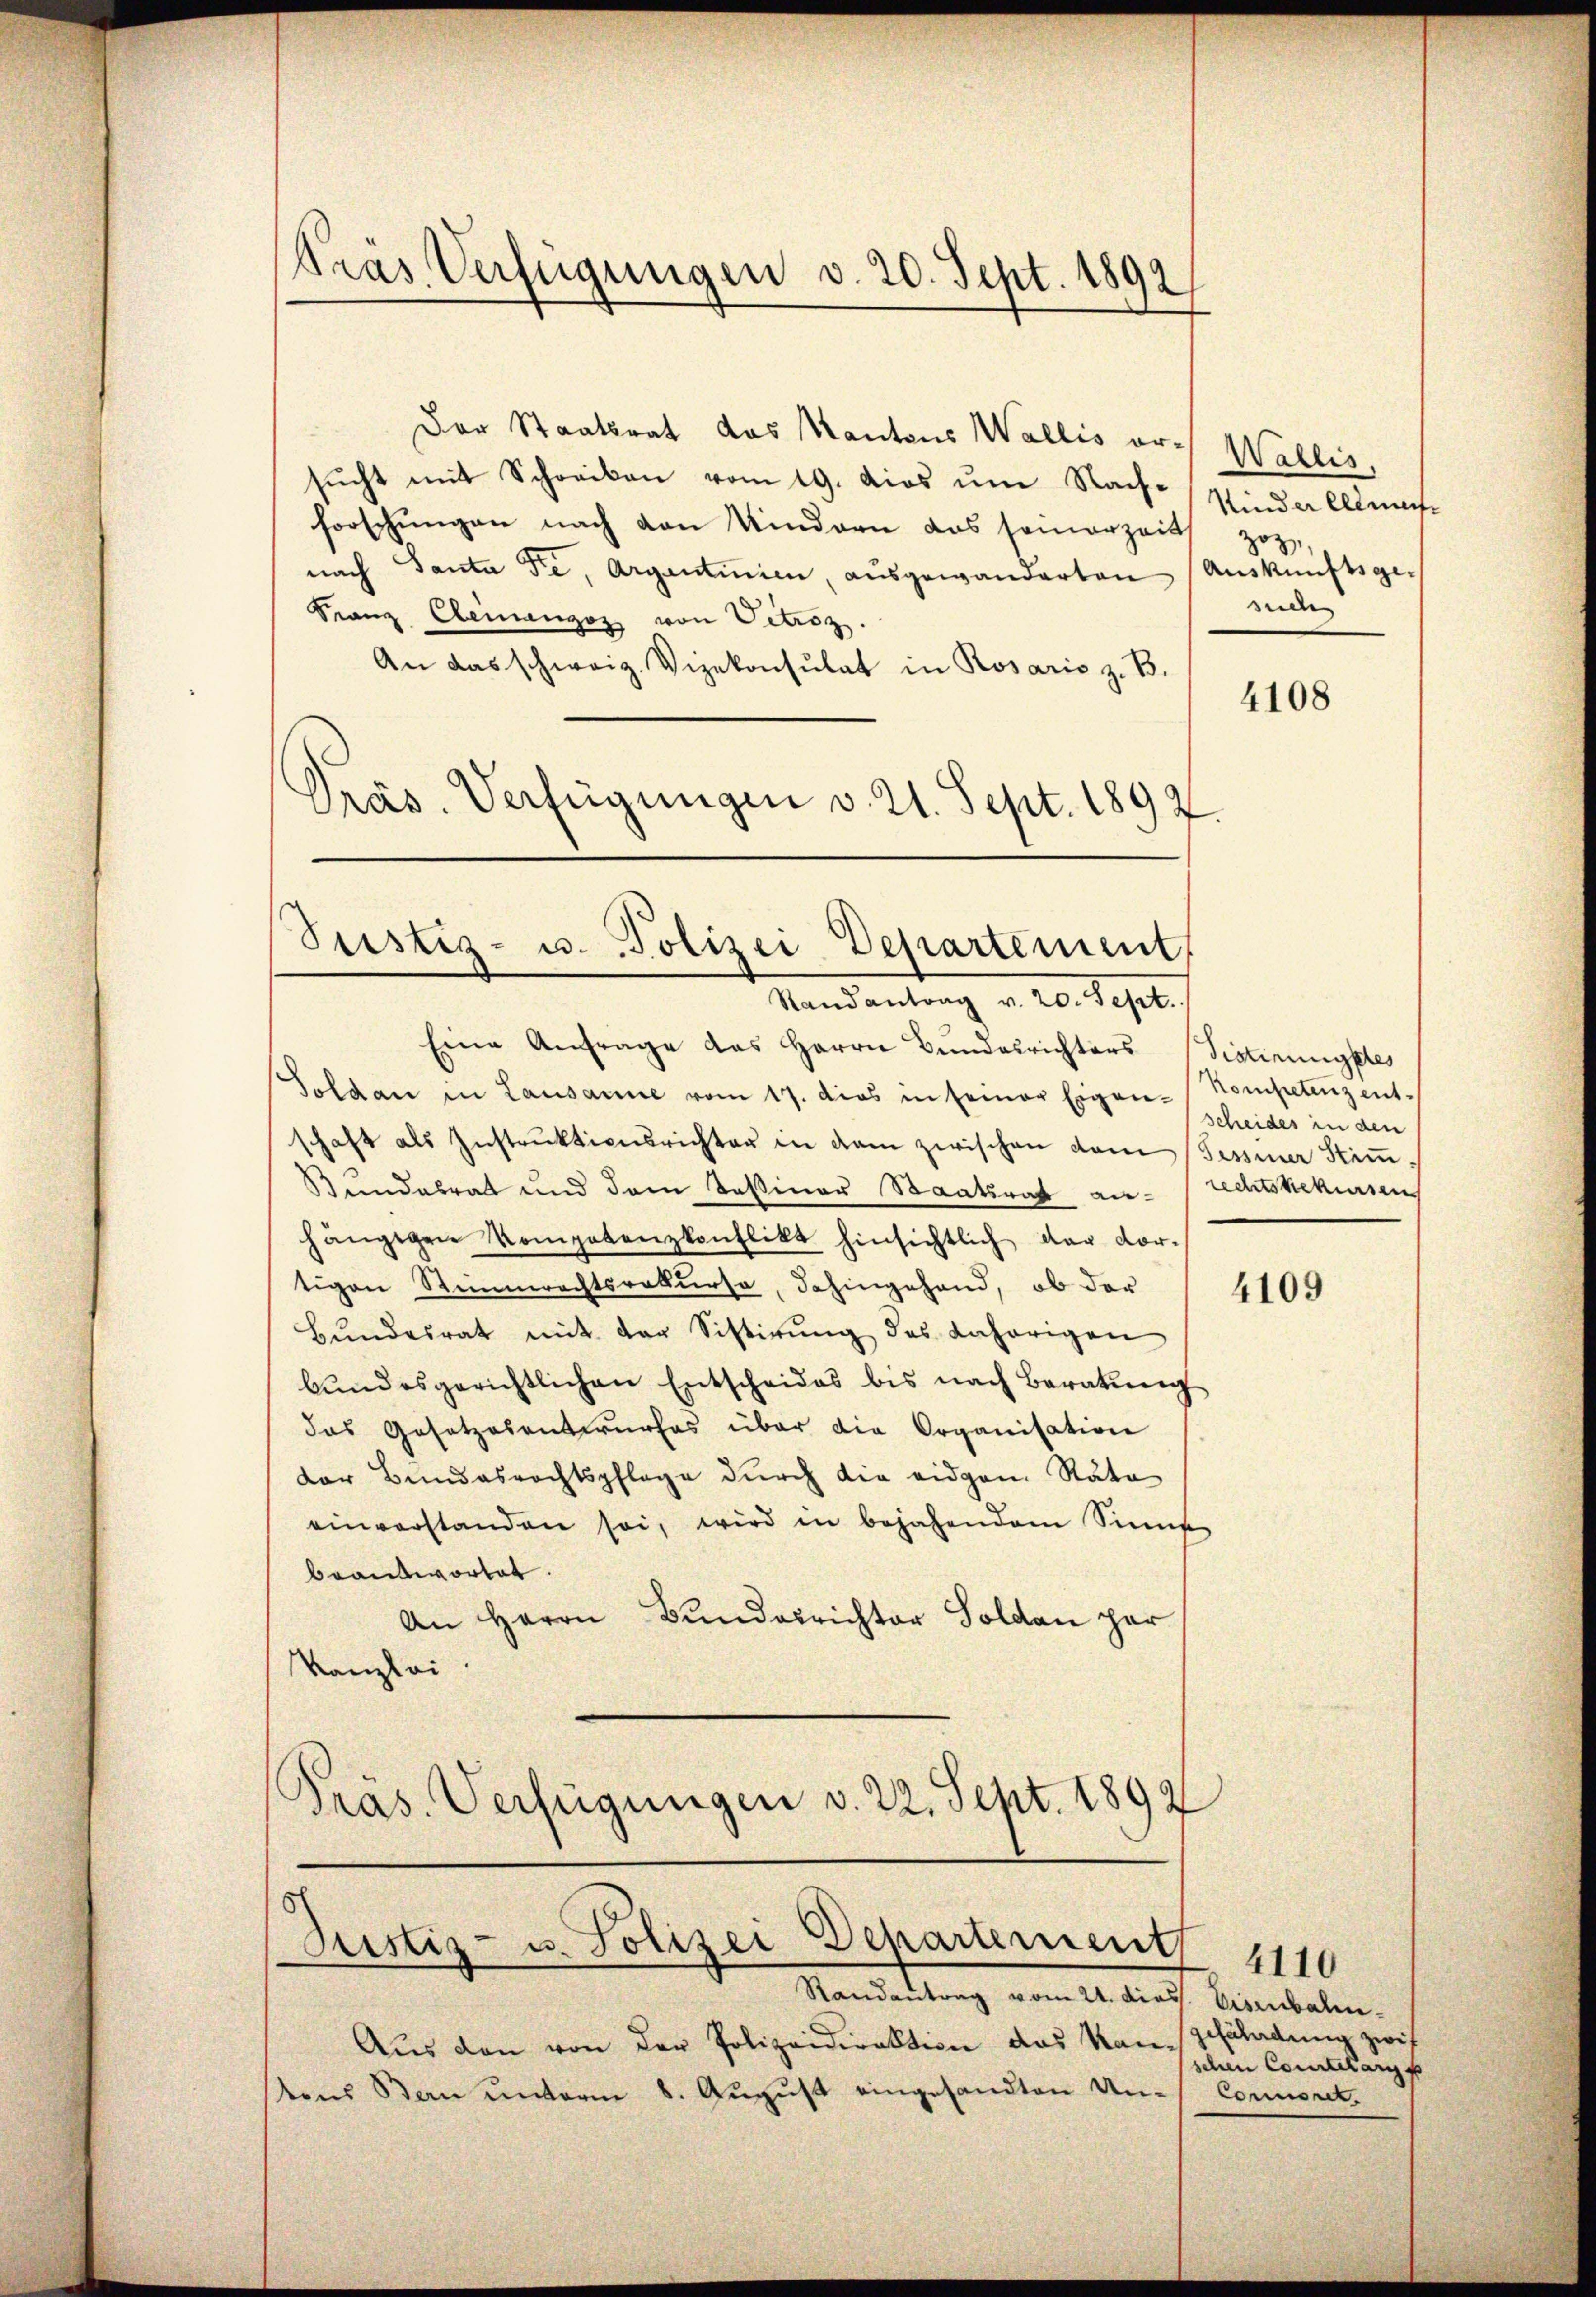
Pras Verfügungen v. 20. Sept. 1892

Der Staatsrat das Kantons Wallis orsucht mit Schreiben vom 19. dies um Nachforschungen nach den Kindern das seinerzeits
nach Santa die, Argantinien, aŭsgewanderten Auskünftsge¬
Franz Ehemangoz von Vetroz.
An das schweiz. Vizekonsulat in Rosaris z. B.
Präs. Verfügungen v. 21. Sept. 1892.

Tustiz- u. Polizei Departement,

Justiz- u. Polizei Departement

Aŭs den von der Polizeidirektion das Kan-Pfäladung zwis
stens Bau unterm 8. August eingesandten Un¬

Randantrag v. 20. Sept.
Eine Anfrage das Herrn Bundesrichters Sistirungstes
Soldan in Lausanne vom 17. dies in seiner Eigen-Nompetenz entschaft als Instrŭktionsrichter in dem zwischen vom Sessiner Stiṁ-
Bundesrat und dem Tessiner Staatsrat an- rechtssekursen
hängigen Kompetenzkonflikt hinsichtlich der vor-
tigen Stimmrechtsrekurse, dahingehand, ob der
Bŭndesrat mit der Sistirŭng des Anhörigen
bŭndesgerichtlichen Entscheides bis nach Beratŭng
das Gesetzesentwurfes über die Organisation
der Bundesrechtspflege durch die eidgen. Rata
einverstanden sei, wird in bejahendem Sinne
beantwortet.
An Herrn Bundesrichter Soldau har
Kanzlei
.
Pras. Verfügungen v. 22. Sept. 1892

Randantrag vom 21. dies

Wallis,
Kinder Allme
zoz
sede

4108

scheides in den

4109

Eisenbalen.
schen Courtelang f
Commonet

4110